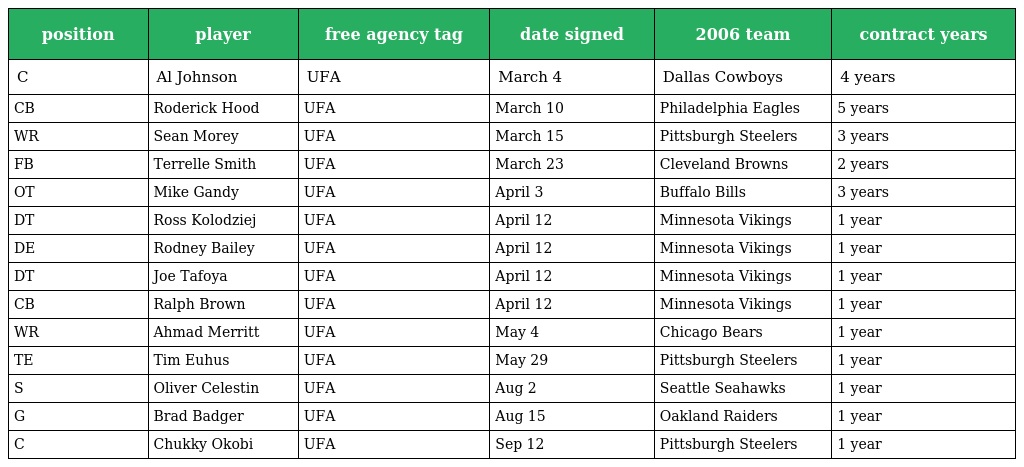
| position | player | free agency tag | date signed | 2006 team | contract years |
 | --- | --- | --- | --- | --- | --- |
 | C | Al Johnson | UFA | March 4 | Dallas Cowboys | 4 years |
 | CB | Roderick Hood | UFA | March 10 | Philadelphia Eagles | 5 years |
 | WR | Sean Morey | UFA | March 15 | Pittsburgh Steelers | 3 years |
 | FB | Terrelle Smith | UFA | March 23 | Cleveland Browns | 2 years |
 | OT | Mike Gandy | UFA | April 3 | Buffalo Bills | 3 years |
 | DT | Ross Kolodziej | UFA | April 12 | Minnesota Vikings | 1 year |
 | DE | Rodney Bailey | UFA | April 12 | Minnesota Vikings | 1 year |
 | DT | Joe Tafoya | UFA | April 12 | Minnesota Vikings | 1 year |
 | CB | Ralph Brown | UFA | April 12 | Minnesota Vikings | 1 year |
 | WR | Ahmad Merritt | UFA | May 4 | Chicago Bears | 1 year |
 | TE | Tim Euhus | UFA | May 29 | Pittsburgh Steelers | 1 year |
 | S | Oliver Celestin | UFA | Aug 2 | Seattle Seahawks | 1 year |
 | G | Brad Badger | UFA | Aug 15 | Oakland Raiders | 1 year |
 | C | Chukky Okobi | UFA | Sep 12 | Pittsburgh Steelers | 1 year |